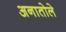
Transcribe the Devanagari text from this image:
अनातोले